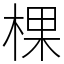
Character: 棵